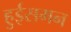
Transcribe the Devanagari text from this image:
हुईसमन